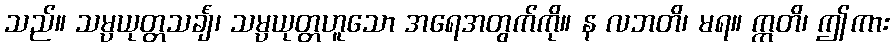
သည်။ သမ္ပယုတ္တသင်္ချံ၊ သမ္ပယုတ္တဟူသော အရေအတွက်ကို။ န လဘတိ၊ မရ။ ဣတိ၊ ဤကား